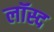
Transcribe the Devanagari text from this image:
लॉस्द